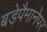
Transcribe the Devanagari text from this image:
बड़ेपैमानेपर